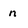
Character: n